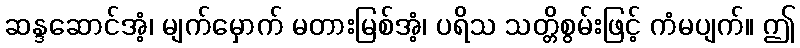
ဆန္ဒဆောင်အံ့၊ မျက်မှောက် မတားမြစ်အံ့၊ ပရိသ သတ္တိစွမ်းဖြင့် ကံမပျက်။ ဤ